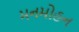
મનમોહન